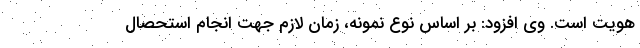
هویت است. وی افزود: بر اساس نوع نمونه، زمان لازم جهت انجام استحصال